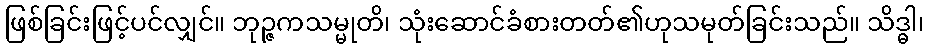
ဖြစ်ခြင်းဖြင့်ပင်လျှင်။ ဘုဉ္ဇကသမ္မုတိ၊ သုံးဆောင်ခံစားတတ်၏ဟုသမုတ်ခြင်းသည်။ သိဒ္ဓါ၊